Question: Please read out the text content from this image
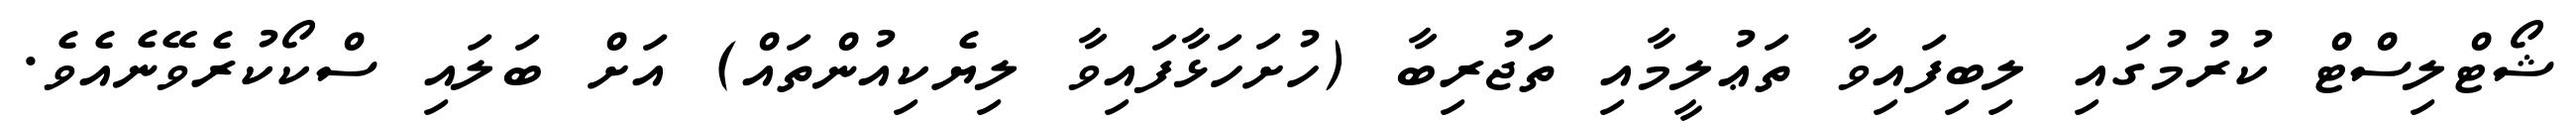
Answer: ޝޯޓްލިސްޓް ކުރުމުގައި ލިބިފައިވާ ތަޢުލީމާއި ތަޖުރިބާ (ހުށަހަޅާފައިވާ ލިޔެކިއުންތައް) އަށް ބަލައި ސްކޯކުރެވޭނެއެވެ.